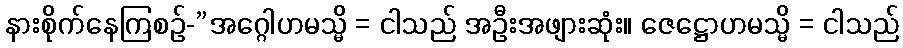
နားစိုက်နေကြစဉ်-”အဂ္ဂေါဟမသ္မိ = ငါသည် အဦးအဖျားဆုံး။ ဇေဋ္ဌောဟမသ္မိ = ငါသည်